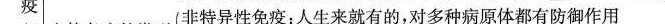
疫非特异性免疫：人生来就有的，对多种病原体都有防御作用_____